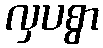
လှပစွာ